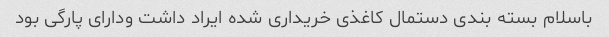
باسلام بسته بندی دستمال کاغذی خریداری شده ایراد داشت ودارای پارگی بود